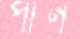
পান